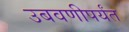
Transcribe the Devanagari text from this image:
उबवणीपर्यंत